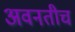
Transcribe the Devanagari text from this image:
अवनतीच